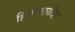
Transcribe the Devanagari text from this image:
हिमाच्‍छादित